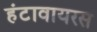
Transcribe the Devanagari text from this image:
हंटावायरस